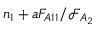
n _ { 1 } + a F _ { A 1 1 } / \mathcal { F } _ { A _ { 2 } }